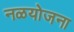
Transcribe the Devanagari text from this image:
नळयोजना